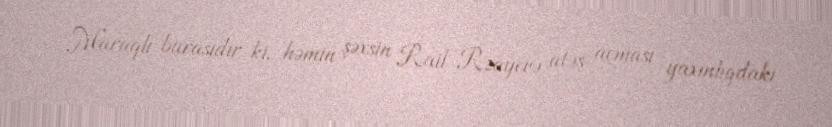
Maraqlı burasıdır ki, həmin şəxsin Rail Rzayevə atəş açması yaxınlıqdakı